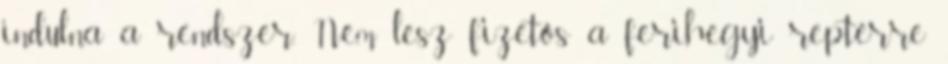
indulna a rendszer. Nem lesz fizetős a ferihegyi reptérre